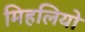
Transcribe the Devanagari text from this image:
मिहलियो